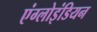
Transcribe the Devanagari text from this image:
एंग्लोइंडियन